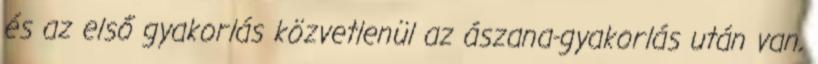
és az első gyakorlás közvetlenül az ászana-gyakorlás után van,